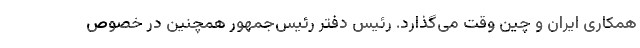
همکاری ایران و چین وقت می‌گذارد. رئیس دفتر رئیس‌جمهور همچنین در خصوص